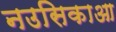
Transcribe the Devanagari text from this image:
नउसिकाआ